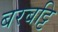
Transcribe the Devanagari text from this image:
बरबट्टि